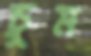
চুম